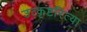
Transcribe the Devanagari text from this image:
उत्कृष्टरित्या